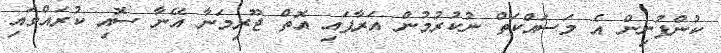
ކުންފުނިން އެ މަސައްކަތް ނުކުރުމުން އަރާފައި އޮތް ޖޫރިމަނާ އޭނާ ސޮއި ކުރައްވައި